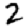
Digit: 2